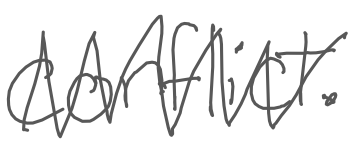
Text: conflict.
Cross-out: zig-zag
Writing tool: digital_gray